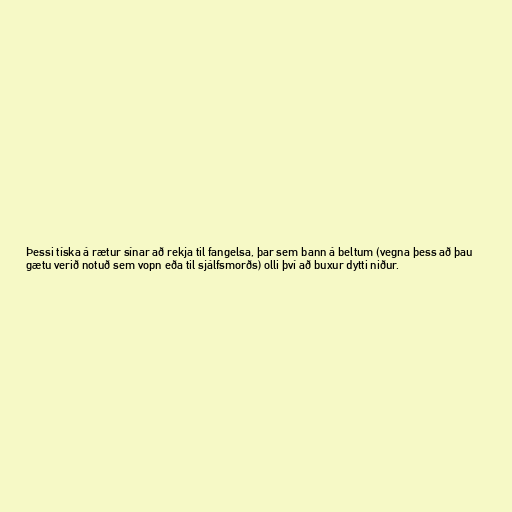
Þessi tíska á rætur sínar að rekja til fangelsa, þar sem bann á beltum (vegna þess að þau
gætu verið notuð sem vopn eða til sjálfsmorðs) olli því að buxur dytti niður.